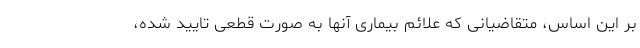
بر این اساس، متقاضیانی که علائم بیماری آنها به صورت قطعی تایید شده،